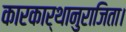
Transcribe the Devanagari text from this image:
कारकार्थानुराजिता।